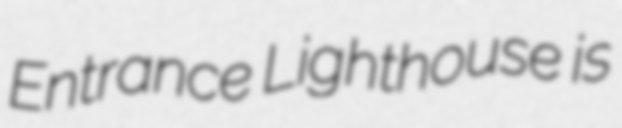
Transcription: Entrance Lighthouse is